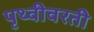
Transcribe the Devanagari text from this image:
पृथ्वीवरती